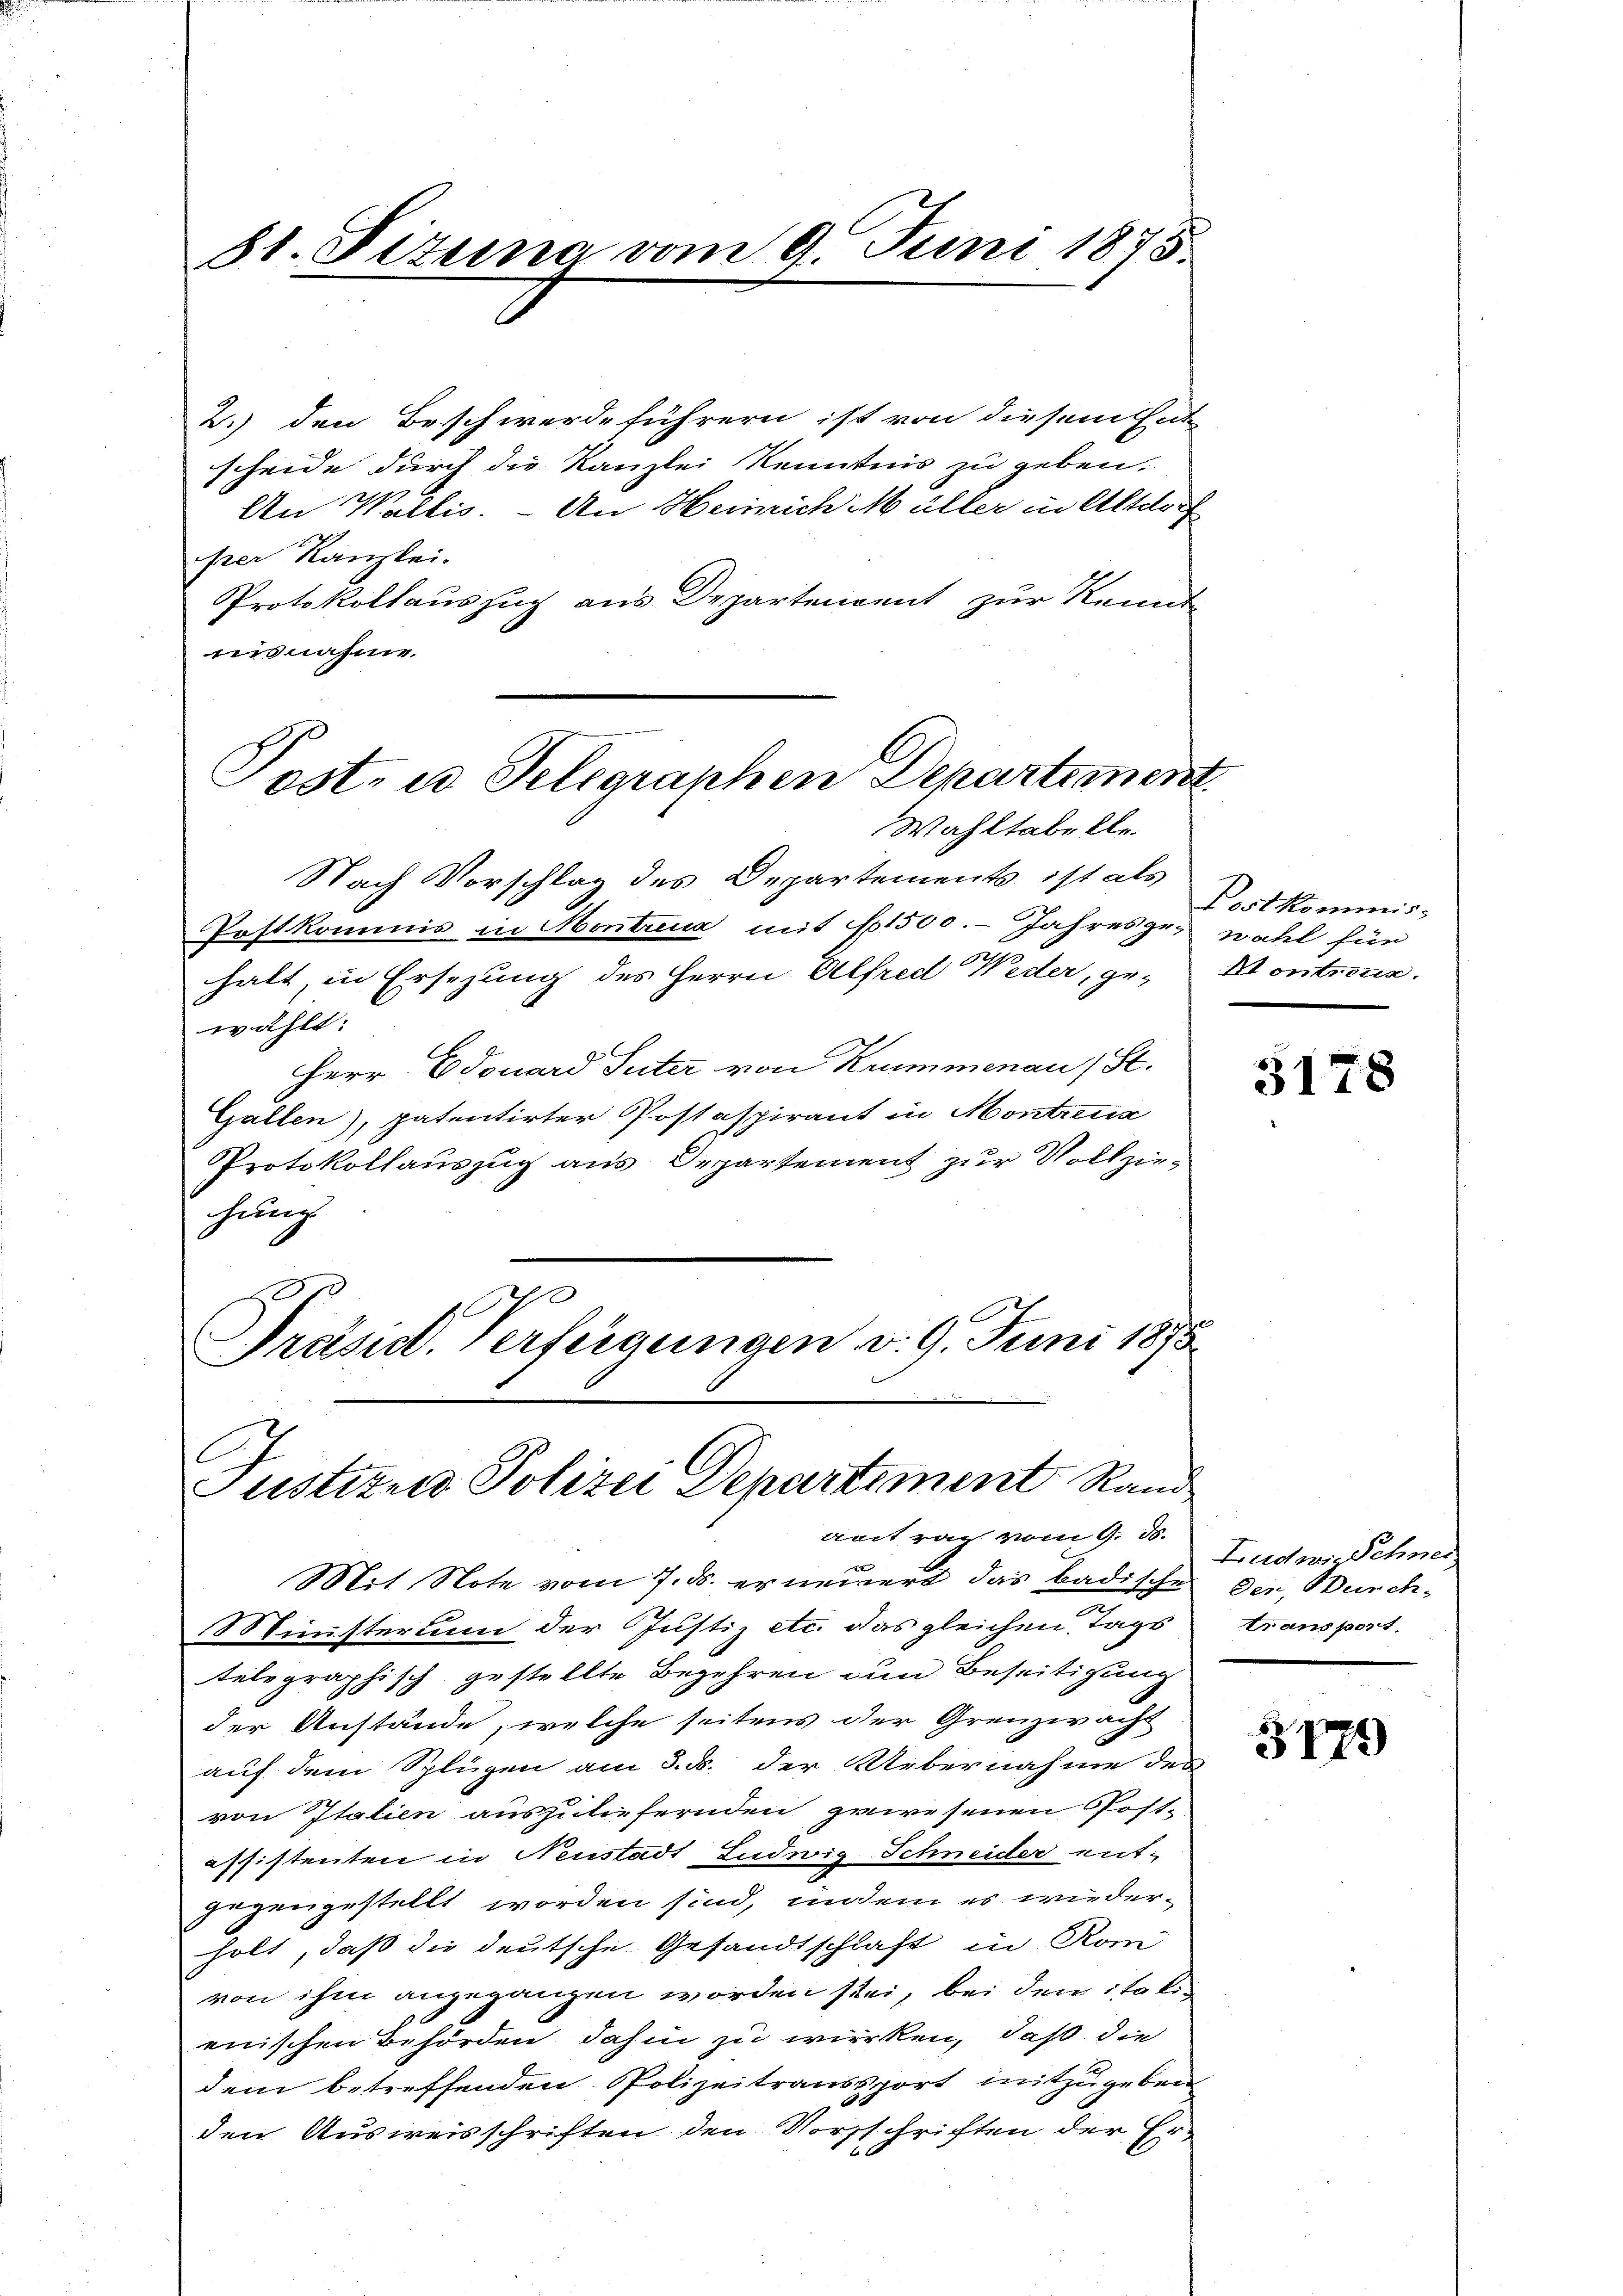
2.) den Beschwerdeführern ist von diesem Ent
scheide durch die Kanzlei Kenntnis zu geben.
An Wallis. - An Heinrich Müller in Altdorf
per Kanzlei.
Protokollauszug aus Departenvent zur Kennt
nisnahme.

81. Fizuna vom 9. Juni 1875.

Post, es Telegraphen Departement
Wahltabelle.

Nach Vorschlag des Departements ist als
Postkommis in Montrena mit 1500. Jahresger wohl für
halt, in Ersezung des Herrn Alfred Weder, gewählt:
Herr Edouard Suter von Krummenau (St.
Gallen), patentirter Postaspirant in Montana
Protokollauszug aus Departement zur Vollziehung
00
Präsid. Verfügungen v. 9. Juni 1875

C
ustitus Polizei Departement Rand
aeitrag vom 9. ds.

Mit Note vom 7. ds. erneuert, das badische
Ministerum der Justiz etc. das gleichen Tags
telegraphisch gestellte Begehren um Beseitigung
der Anstände, welche seitens der Grenzwacht
auf dem Splügen am 3. ds. der Uebernahme des
von Italien auszuliefernden gewesenen Post-
affistenten in Neustadt Ludwig Schneider entgegengestellt worden sind, indem es wieder-
holt, daß die deutsche Gesandtschlaft in Rom
von ihm angegangen worden sei, bei den italienischen Behörden dahin zu wirken, daß die
dem betreffenden Polizeitransport mitzugeben
den Ausweisschriften den Vorschriften der Er-

Postkommis-
Aontretia.

5178

Ludwig Schneiden, Burch-
transport

3179